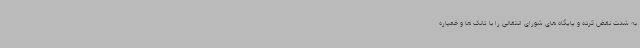
به شدت نقض کرده و پایگاه های شورای انتقالی را با تانک ها و خمپاره